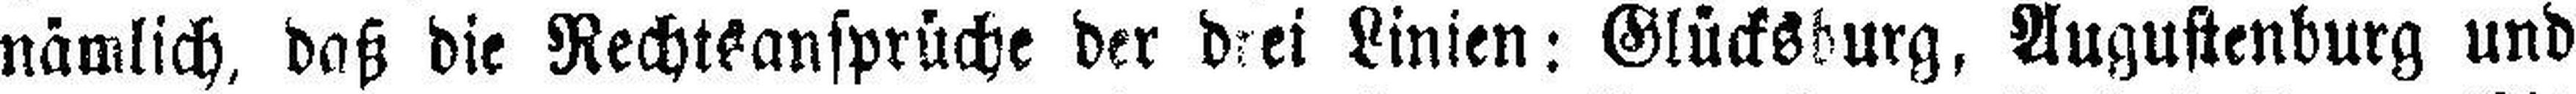
nämlich, daß die Rechtsansprüche der drei Linien: Glücksburg, Augustenburg und